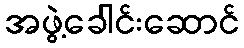
အဖွဲ့ခေါင်းဆောင်